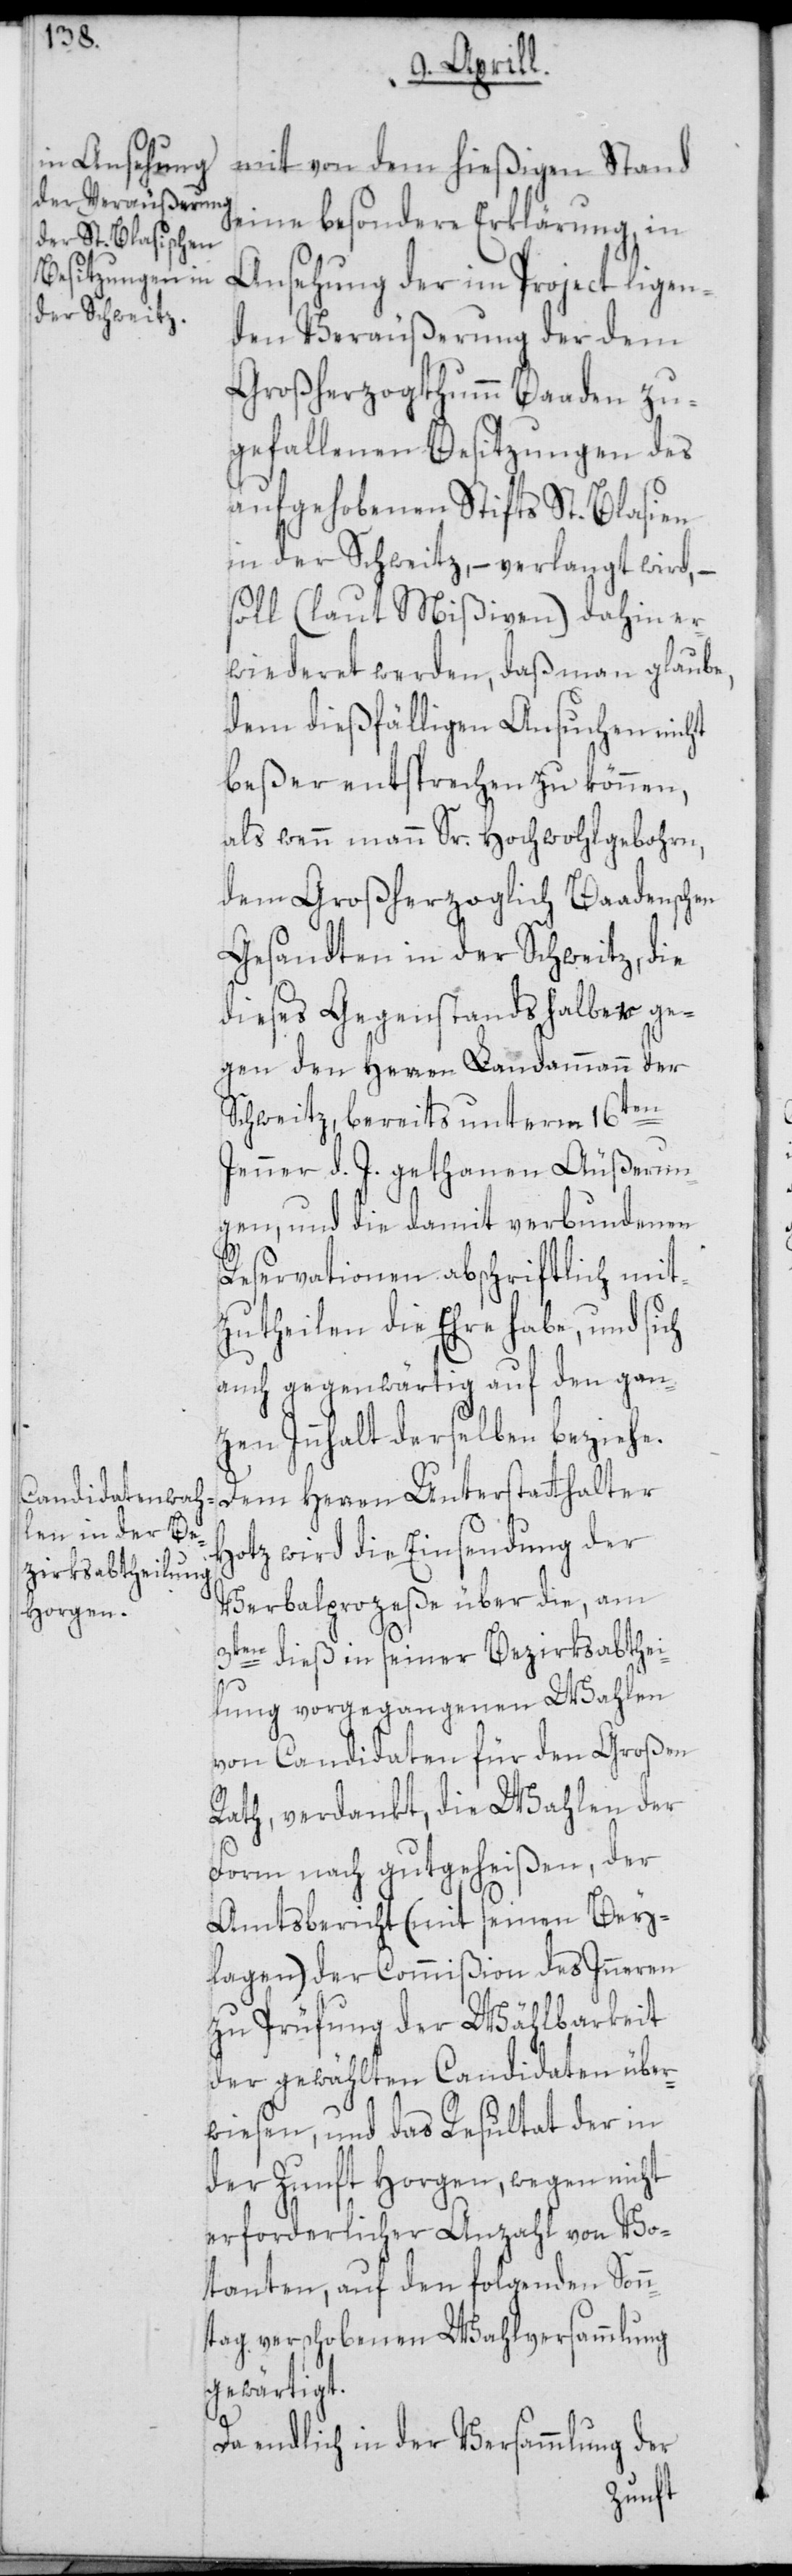
mit von dem hießigen Stand
eine besondere Erklärung, in
Ansehung der im Project ligen¬
den Veräußerung der dem
Großherzogthumm Baaden zu¬
gefallenen Besitzungen des
aufgehobenen Stifts St. Blasien
in der Schweitz, – verlangt wird, –
soll (laut Mißiven) dahin er¬
wiederet werden, daß man glaube,
dem dießfälligen Ansuchen nicht
beßer entsprechen zu können,
als wenn mann Sr. Hochwohlgebohrn,
dem Großherzoglich Baadenschen
Gesandten in der Schweitz, die
dieses Gegenstands halber ge¬
gen den Herren Landammann der
Schweitz, bereits unterm 16ten
Jenner d. J. gethanen Äußerun¬
gen, und die damit verbundenen
Reservationen abschriftlich mit¬
zutheilen die Ehre habe, und
auch gegenwärtig auf den gan¬
zen Innhalt derselben beziehe.
Dem Herren Unterstatthalter
Hotz wird die Einsendung der
Verbalprozeße über die, am
3ten dieß in seiner Bezirksabthei¬
lung vorgegangenen Wahlen
von Candidaten für den Großen
Rath, verdankt, die Wahlen der
Form nach gutgeheißen, der
Amtsbericht (mit seinen Bey¬
lagen) der Commißion des Inneren
zu Prüfung der Wählbarkeit
der gewählten Candidaten über¬
wiesen, und das Resultat der in
der Zunft Horgen, wegen nicht
erforderlicher Anzahl von Vo¬
tanten, auf den folgenden Sonn¬
tag verschobenen Wahlversammlung
gewärtigt.
Da endlich in der Versammlung der